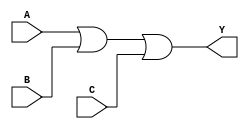
`timescale 1ns / 1ps
//////////////////////////////////////////////////////////////////////////////////
// Company: 
// Engineer: 
// 
// Design Name: 
// Module Name:    ORgate_3IP 
// Project Name: 
// Target Devices: 
// Tool versions: 
// Description: 
//
// Dependencies: 
//
// Revision: 
// Revision 0.01 - File Created
// Additional Comments: 
//
//////////////////////////////////////////////////////////////////////////////////
module ORgate_3IP(
    input A,
    input B,
    input C,
    output Y
    );

assign Y= A|B|C;

endmodule